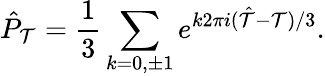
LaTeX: \hat{P}_{\cal T}=\frac{1}{3}\sum_{k=0,\pm 1}e^{k2\pi i(\hat{\cal T}-{\cal T})/3}.